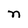
Character: n